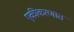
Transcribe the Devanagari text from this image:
एकीकरणात